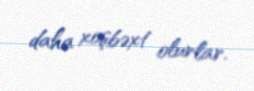
daha xoşbəxt olurlar.